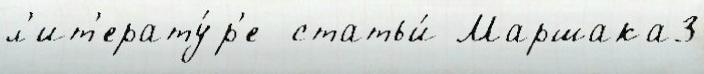
л'ит'ерату́р'е  статьи́ Маршака3